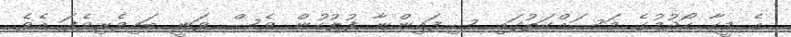
އެ މީހާ ހޯދުމުގެ މަސައްކަތުގައި ސިފައިންނާ ފުލުުހުން ވެސް ވަނީ ބައިވެރިވެފަ އެވެ.